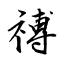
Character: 禣